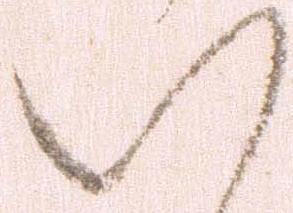
い